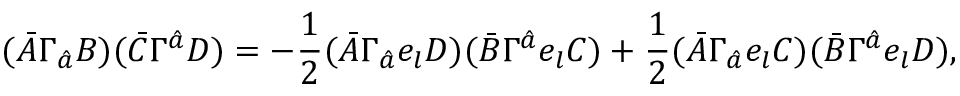
( \bar { A } \Gamma _ { \hat { a } } B ) ( \bar { C } \Gamma ^ { \hat { a } } D ) = - \frac { 1 } { 2 } ( \bar { A } \Gamma _ { \hat { a } } e _ { l } D ) ( \bar { B } \Gamma ^ { \hat { a } } e _ { l } C ) + \frac { 1 } { 2 } ( \bar { A } \Gamma _ { \hat { a } } e _ { l } C ) ( \bar { B } \Gamma ^ { \hat { a } } e _ { l } D ) ,